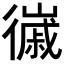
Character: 𢖌